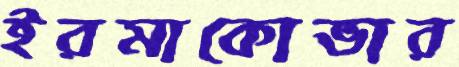
ইরমাকোভার